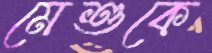
মেশুকে